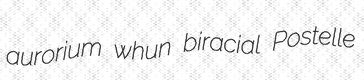
aurorium whun biracial Postelle